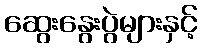
ဆွေးနွေးပွဲများနှင့်